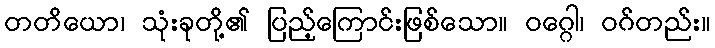
တတိယော၊ သုံးခုတို့၏ ပြည့်ကြောင်းဖြစ်သော။ ဝဂ္ဂေါ၊ ဝဂ်တည်း။